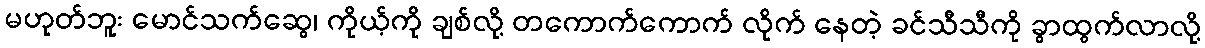
မဟုတ်ဘူး မောင်သက်ဆွေ၊ ကိုယ့်ကို ချစ်လို့ တကောက်ကောက် လိုက် နေတဲ့ ခင်သီသီကို ခွာထွက်လာလို့